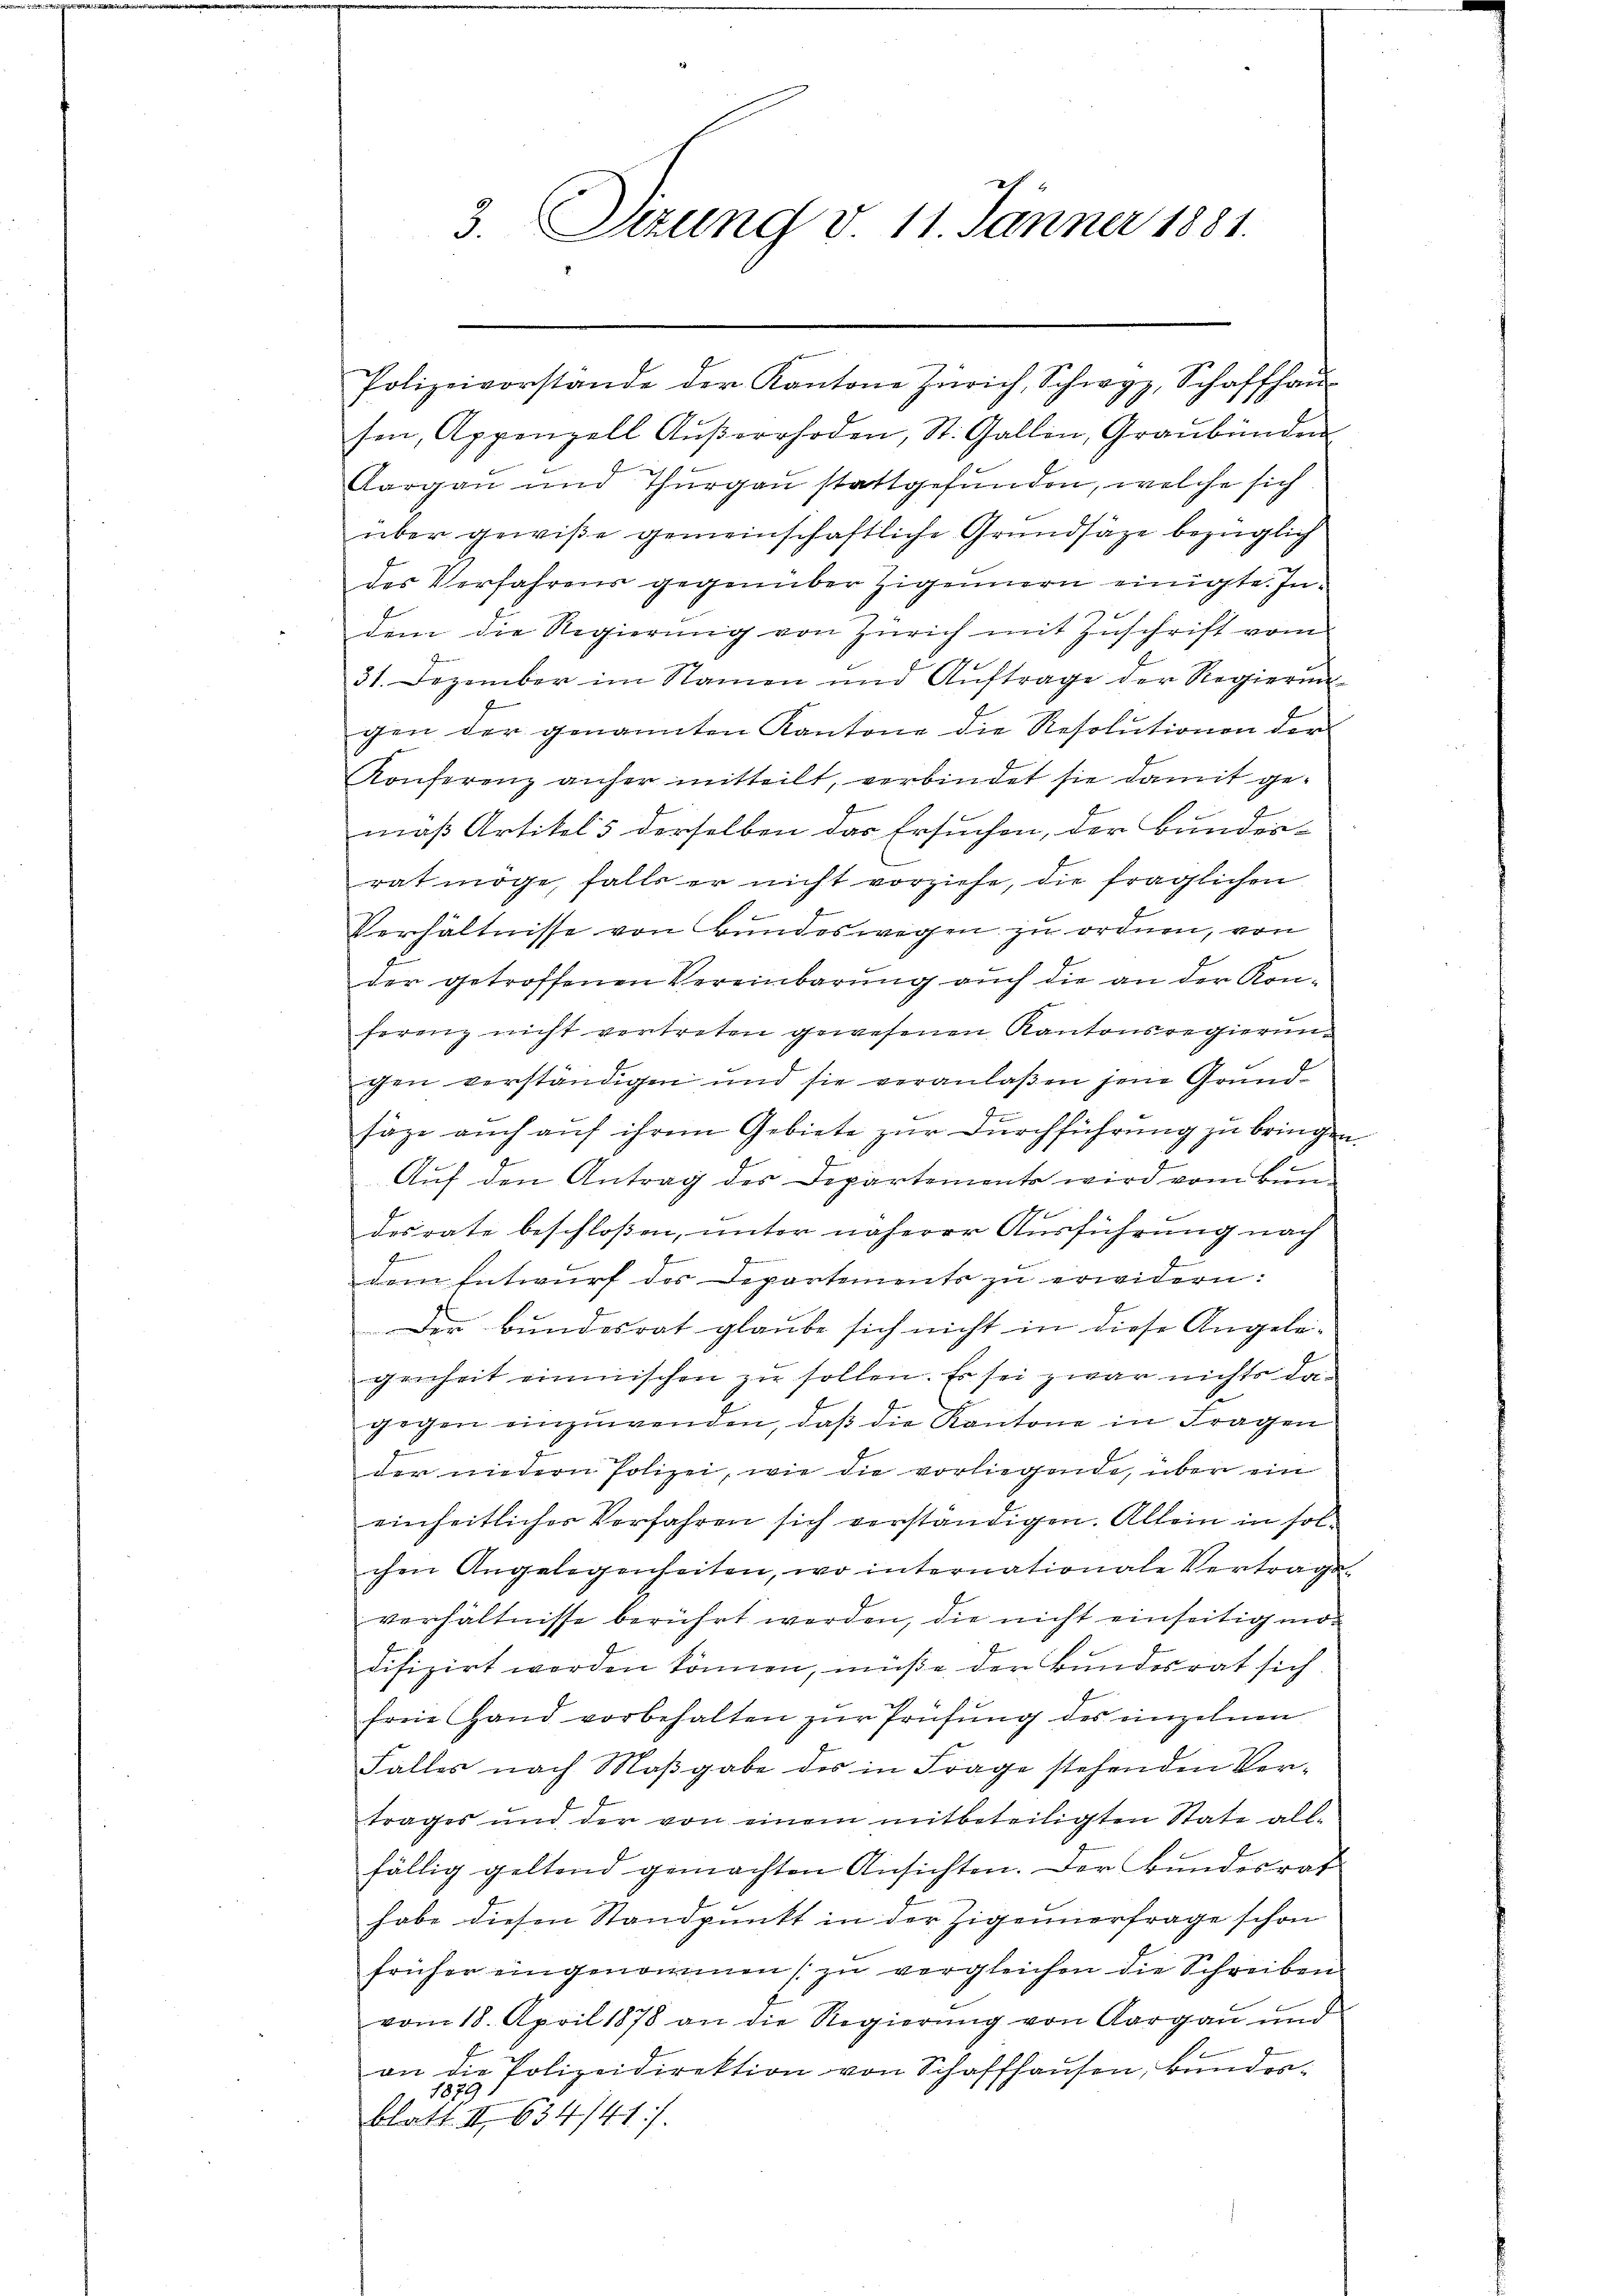
Polizeivorstande der Kantone Zürich, Schwyz, Schaffhaŭs-
sen, Appenzell Aŭβerrhoden, St. Gallen, Graubünden
Aargau und Thurgau stattgefunden, welche sich
über gewiße gemeinschaftliche Grundsätze bezüglich
des Verfahrens gegenüber Zigennern einigte. Indem die Regierung von Zürich mit Zuschrift vom
31. Dezember im Namen und Auftrage der Regierun
gen der genannten Kantone die Resolutionen der
Konferenz anher mitteilt, verbindet sie damit gemäß Artikel 5 derselben das Ersuchen, der Bundes-
rat möge, falls er nicht vorziehe, die fraglichen
Verhältnisse von Bundeswegen zu ordnen, von
der getroffenen Vereinbarung auch die an der Kon-
ferenz nicht vertreten gewesenen Kantonsregierunchen verständigen und sie veranlaßen jene Grundsäge auch auf ihrem Gebiete zur Durchführung zu bringen.
e
Auf den Antrag des Departements wird vom Bundesrate beschloßen, unter näherer Ausführung nach
G
dem Entwurf der Departements zu erwidern:
Der Bundesrat glaube sich nicht in diese Angelegenheit einmischen zu sollen. Es sei zwar nichts dagegen einzuwenden, daβ die Kantone in Fragen
der niedern Polizei, wie die vorliegende, über ein
einheitlicher Vorfahren sich verständigen. Allein in solchen Angelegenheiten, wo internationale Vertrags-
verhältnisse berührt worden, die nicht einseitig modifizirt werden können, müße der Bundesrat sich
freie Hand vorbehalten zur Prüfung des einzelnen
Falles nach Maßgabe des in Frage stehenden Vertrages und der von einem mitbeteiligten State all-
fällig geltend gemachten Ansichten. Der Bundesrath
habe diesen Standpunkt in der Zigeunerfrage schon
früher eingenommen (zu vergleichen die Schreiben
vom 18. April 1878 an die Regierung von Aargau und
an die Polizeidirektion von Schaffhausen, kunder¬
1879 1
blatt. III 634/41).

3. Sizung v. 11. Jänner 1881.